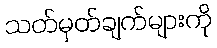
သတ်မှတ်ချက်များကို